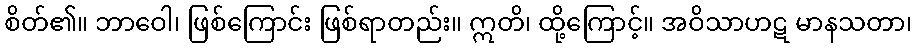
စိတ်၏။ ဘာဝေါ၊ ဖြစ်ကြောင်း ဖြစ်ရာတည်း။ ဣတိ၊ ထို့ကြောင့်။ အဝိသာဟဋ မာနသတာ၊